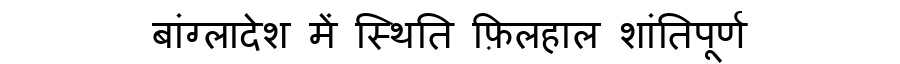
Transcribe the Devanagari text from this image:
बांग्लादेश में स्थिति फ़िलहाल शांतिपूर्ण